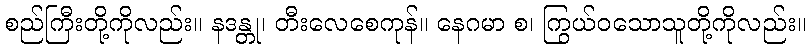
စည်ကြီးတို့ကိုလည်း။ နဒန္တု၊ တီးလေစေကုန်။ နေဂမာ စ၊ ကြွယ်ဝသောသူတို့ကိုလည်း။